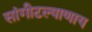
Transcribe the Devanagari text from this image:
सांगीटल्याणाय